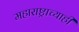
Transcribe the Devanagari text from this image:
महाराष्ट्राच्याही